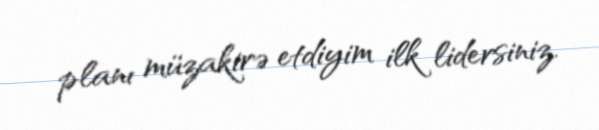
planı müzakirə etdiyim ilk lidersiniz.